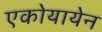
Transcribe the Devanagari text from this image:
एकोयायेन